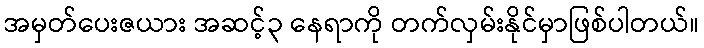
အမှတ်ပေးဇယား အဆင့်၃ နေရာကို တက်လှမ်းနိုင်မှာဖြစ်ပါတယ်။